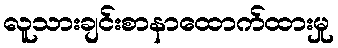
လူသားချင်းစာနာထောက်ထားမှု